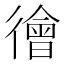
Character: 徻